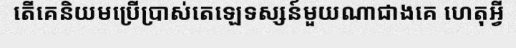
តើគេនិយមប្រើប្រាស់តេឡេទស្សន៍មួយណាជាងគេ ហេតុអ្វី